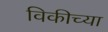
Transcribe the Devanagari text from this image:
विकीच्या